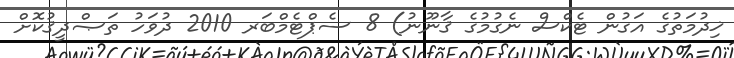
ޚިދުމަތުގެ އަގުން ޓެކްސް ނެގުމުގެ ޤާނޫނު) 8 ސެޕްޓެމްބަރ 2010 ދުވަހު ތަޞްދީޤުކޮށް